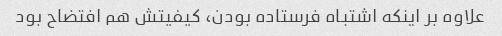
علاوه بر اینکه اشتباه فرستاده بودن، کیفیتش هم افتضاح بود